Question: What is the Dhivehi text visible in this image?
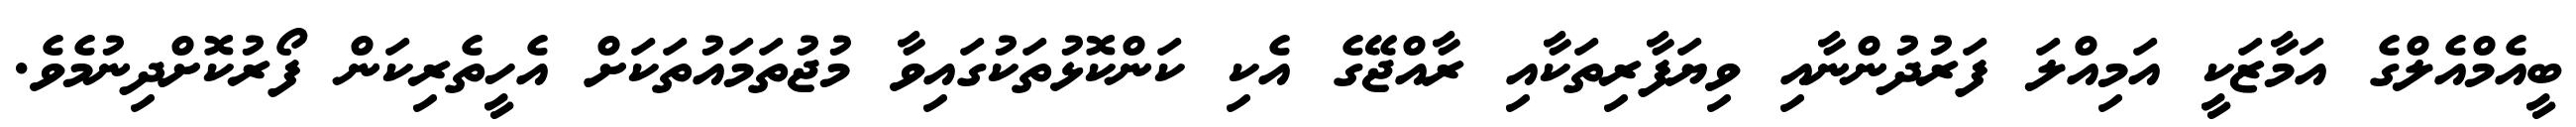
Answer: ބީއެމްއެލްގެ އަމާޒަކީ އަމިއްލަ ފަރުދުންނާއި ވިޔަފާރިތަކާއި ރާއްޖޭގެ އެކި ކަންކޮޅުތަކުގައިވާ މުޖުތަމައުތަކަށް އެހީތެރިކަން ފޯރުކޮށްދިނުމެވެ.